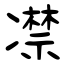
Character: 凚